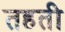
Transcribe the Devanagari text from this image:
तहती